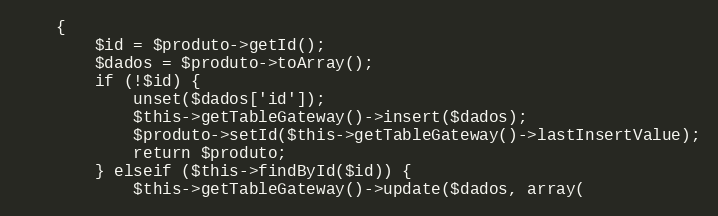
Language: PHP
    {
        $id = $produto->getId();
        $dados = $produto->toArray();
        if (!$id) {
            unset($dados['id']);
            $this->getTableGateway()->insert($dados);
            $produto->setId($this->getTableGateway()->lastInsertValue);
            return $produto;
        } elseif ($this->findById($id)) {
            $this->getTableGateway()->update($dados, array(